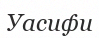
Уасифи